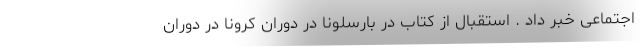
اجتماعی خبر داد . استقبال از کتاب در بارسلونا در دوران کرونا در دوران